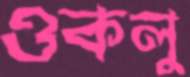
ওকলু